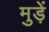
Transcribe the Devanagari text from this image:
मुड़ें